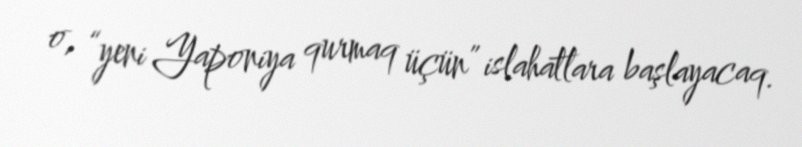
o, “yeni Yaponiya qurmaq üçün” islahatlara başlayacaq.